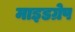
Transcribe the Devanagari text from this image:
माइडग्रेप